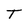
Character: T